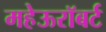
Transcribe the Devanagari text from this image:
महेऊरॉबर्ट